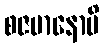
စဇမာနောပိ